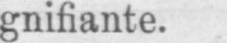
gnifiante.